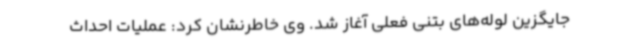
جایگزین لوله‌های بتنی فعلی آغاز شد. وی خاطرنشان کرد: عملیات احداث